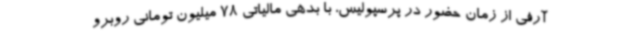
آرفی از زمان حضور در پرسپولیس، با بدهی مالیاتی 78 میلیون تومانی روبرو